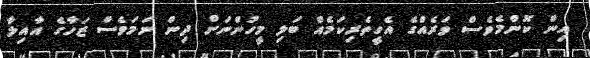
އިން ކޮންމެވެސް ވަރެއްގެ އެހީތެރިކަމެއް ބަލި މީހުންނަށް ދިން ނަމަވެސް ޒަހާގެ އާއިލާ